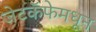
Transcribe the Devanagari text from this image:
जेटकॅफेमधून